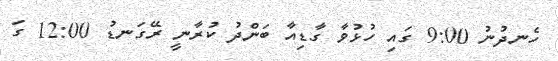
ހެނދުނު 9:00 ގައި ހުޅުވާ ގާޑިއާ ބަންދު ކުރާނީ ރޭގަނޑު 12:00 ގަ